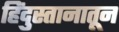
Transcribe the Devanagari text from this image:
हिंदुस्तानातून